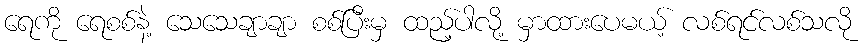
ရေကို ရေစစ်နဲ့ သေသေချာချာ စစ်ပြီးမှ ထည့်ပါလို့ မှာထားပေမယ့် လစ်ရင်လစ်သလို